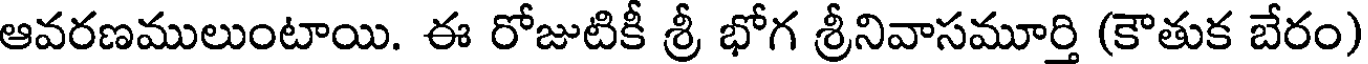
ఆవరణములుంటాయి. ఈ రోజుటికీ శ్రీ భోగ శ్రీనివాసమూర్తి (కౌతుక బేరం)